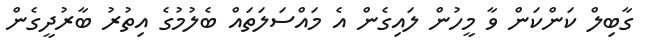
ގާބިލް ކަންކަން ވާ މީހުން ލައިގެން އެ މައްސަލަތައް ބެލުމުގެ އިތުރު ބާރުދީގެން